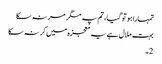
تمہارا ہو تو گیا، تم پہ مگر مر نہ سکا
بہت ملال ہے یہ معجزہ میں کر نہ سکا
2۔